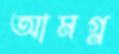
আমগ্ন